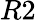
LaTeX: R2